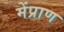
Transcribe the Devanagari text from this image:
मेंप्राण